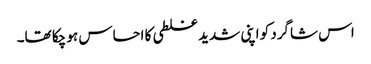
اس شاگرد کو اپنی شدید غلطی کا احساس ہو چکا تھا۔